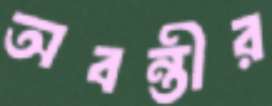
অবন্তীর